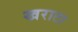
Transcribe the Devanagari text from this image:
खराटा